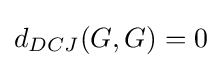
d_{DCJ}(G,G)=0